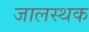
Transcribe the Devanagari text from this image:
जालस्थक